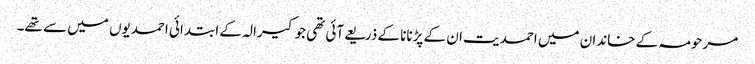
مرحومہ کے خاندان میں احمدیت ان کے پڑنانا کے ذریعےآئی تھی جو کیرالہ کے ابتدائی احمدیوں میں سے تھے۔